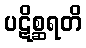
ပဋိစ္ဆရတိ